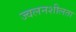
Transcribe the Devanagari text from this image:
ज्‍वलनशीलता